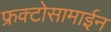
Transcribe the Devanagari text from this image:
फ्रक्टोसामाईन